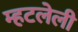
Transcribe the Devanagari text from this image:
म्हटलेली